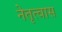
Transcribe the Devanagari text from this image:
नेतृत्वास